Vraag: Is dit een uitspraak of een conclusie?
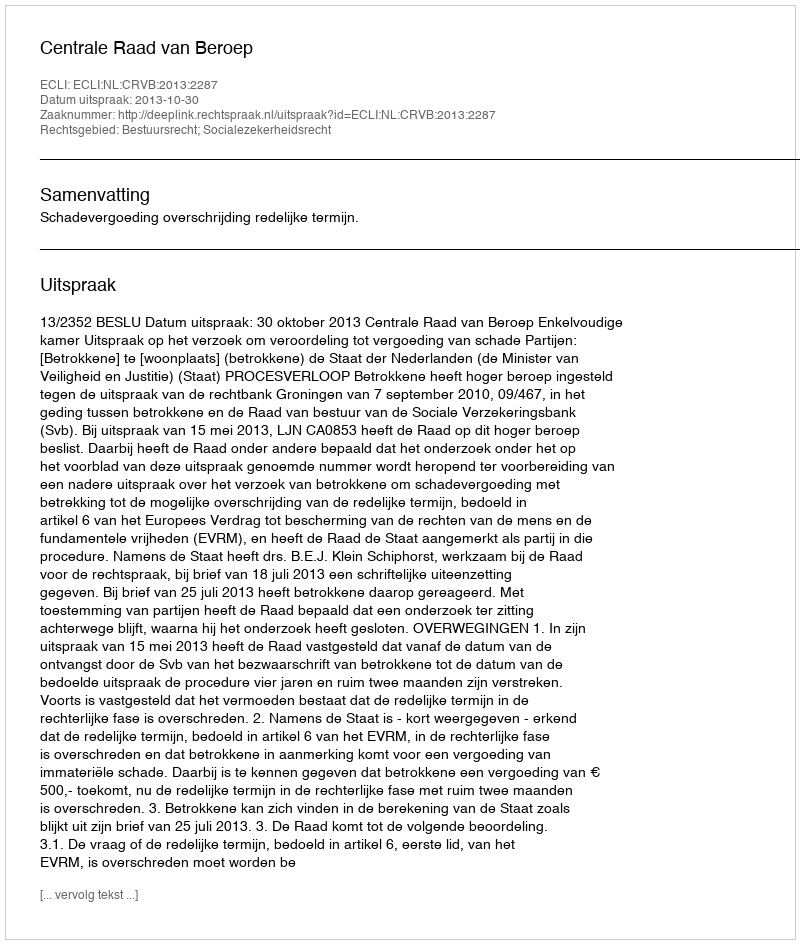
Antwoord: Uitspraak